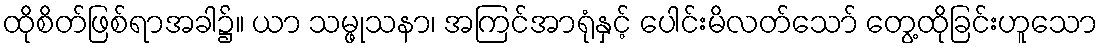
ထိုစိတ်ဖြစ်ရာအခါ၌။ ယာ သမ္ဖုသနာ၊ အကြင်အာရုံနှင့် ပေါင်းမိလတ်သော် တွေ့ထိုခြင်းဟူသော